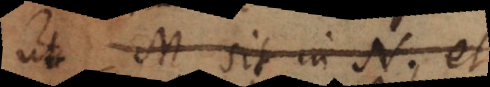
Si A sit in B, et